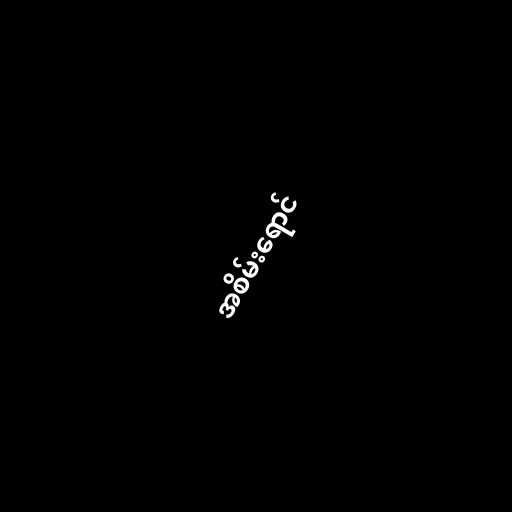
အစိမ်းရောင်